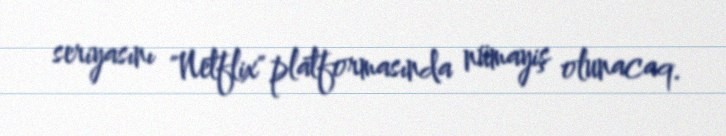
seriyasını "Netflix" platformasında nümayiş olunacaq.